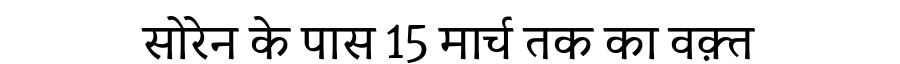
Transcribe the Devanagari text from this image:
सोरेन के पास 15 मार्च तक का वक़्त